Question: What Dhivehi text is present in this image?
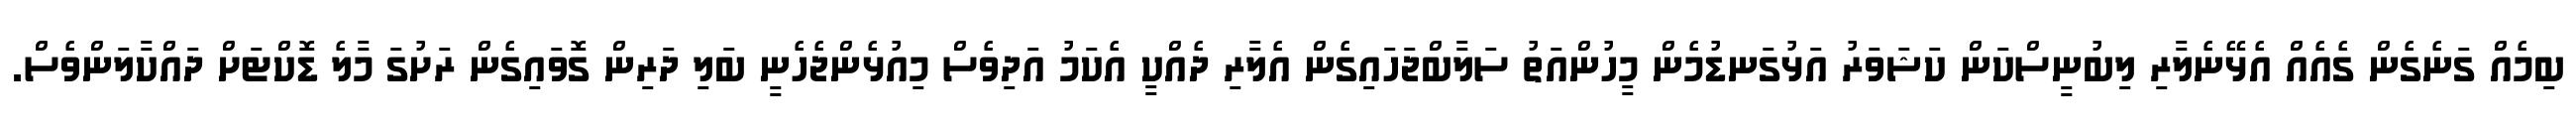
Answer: ބިމެއް ގަނެގެން ގެއެއް އެޅޭނެލާރި ލިބުނީސްކަން ކަޝަވަރު އަޅުގަނޑުމެން މީހުންއަތު ސަލާބްޖަހައިގެން އެލާރި ދެއްކީ އެކަމު އަދިވެސް މިއުޅެންޖެހެނީ ބަލި ދަރިން ގޮވައިގެން ރަށުގަ މާލެ ޑޮކްޓަށް ދައްކާލަންވެސް.